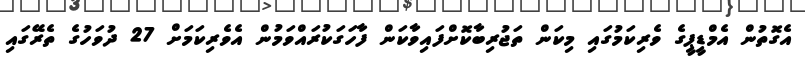
އެގޮތުން އެމްޑީޕީގެ ވެރިކަމުގައި މިކަން ތަޖުރިބާކޮށްފައިވާކަން ފާހަގަކުރައްވަމުން އެވެރިކަމަށް 27 ދުވަހުގެ ތެރޭގައި